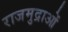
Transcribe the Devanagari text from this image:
राजमुद्राओं